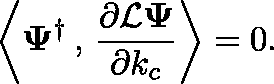
\left\langle \mathbf { \Psi } ^ { \dagger } \, , \, \frac { \partial \mathcal { L } \mathbf { \Psi } } { \partial k _ { c } } \right\rangle = 0 .